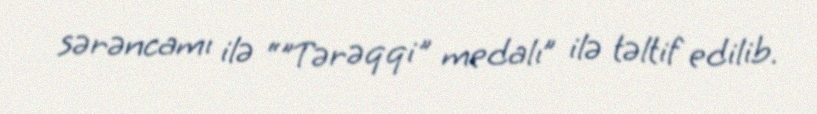
sərəncamı ilə “"Tərəqqi" medalı” ilə təltif edilib.